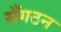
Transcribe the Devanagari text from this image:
सँगठन